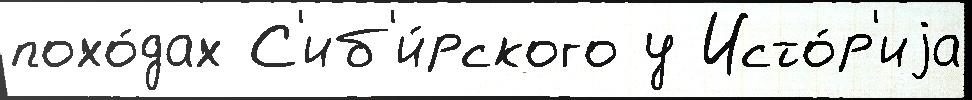
похо́дах С'иб'и́рского у Исто́р'иjа